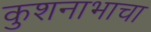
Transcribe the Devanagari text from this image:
कुशनाभाचा